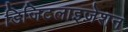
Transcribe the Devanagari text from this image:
डिजिटलाइज़ेशन